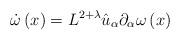
LaTeX: \begin{align*}\dot{\omega}\left( x\right)=L^{2+\lambda}\hat{u}_{\alpha}\partial_{\alpha}\omega\left( x \right)\end{align*}